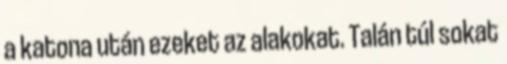
a katona után ezeket az alakokat. Talán túl sokat